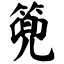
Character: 篼